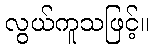
လွယ်ကူသဖြင့်။